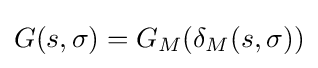
G(s,\sigma )=G_{M}(\delta _{M}(s,\sigma ))